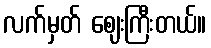
လက်မှတ် ဈေးကြီးတယ်။